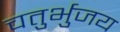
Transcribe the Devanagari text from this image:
चतुर्भुजय